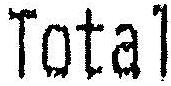
TOTAL